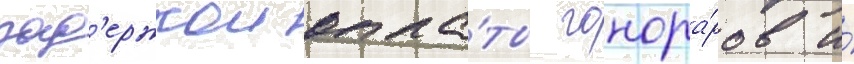
зад'ержкои опла́ты гонора́ров и́